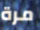
مرة